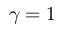
\gamma = 1